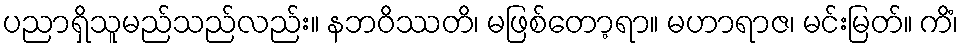
ပညာရှိသူမည်သည်လည်း။ နဘဝိဿတိ၊ မဖြစ်တော့ရာ။ မဟာရာဇ၊ မင်းမြတ်။ ကိံ၊